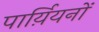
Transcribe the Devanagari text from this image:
पार्य़ियनों